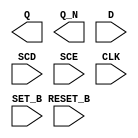
module sky130_fd_sc_ls__sdfbbp (
    Q      ,
    Q_N    ,
    D      ,
    SCD    ,
    SCE    ,
    CLK    ,
    SET_B  ,
    RESET_B
);

    output Q      ;
    output Q_N    ;
    input  D      ;
    input  SCD    ;
    input  SCE    ;
    input  CLK    ;
    input  SET_B  ;
    input  RESET_B;

    // Voltage supply signals
    supply1 VPWR;
    supply0 VGND;
    supply1 VPB ;
    supply0 VNB ;

endmodule